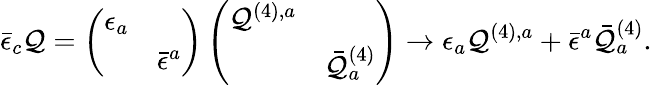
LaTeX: \bar{\epsilon}_{c}{\cal Q}=\left(\begin{array}{cc}{{\epsilon_{a}}}&{{}}\\ {{}}&{{\bar{\epsilon}^{a}}}\end{array}\right)\left(\begin{array}{cc}{{{\cal Q}^{(4),a}}}&{{}}\\ {{}}&{{\bar{{\cal Q}}_{a}^{(4)}}}\end{array}\right)\rightarrow\epsilon_{a}{\cal Q}^{(4),a}+\bar{\epsilon}^{a}\bar{{\cal Q}}_{a}^{(4)}.